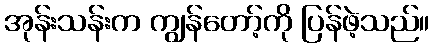
အုန်းသန်းက ကျွန်တော့်ကို ပြန်ဖဲ့သည်။